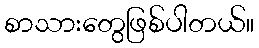
စာသားတွေဖြစ်ပါတယ်။